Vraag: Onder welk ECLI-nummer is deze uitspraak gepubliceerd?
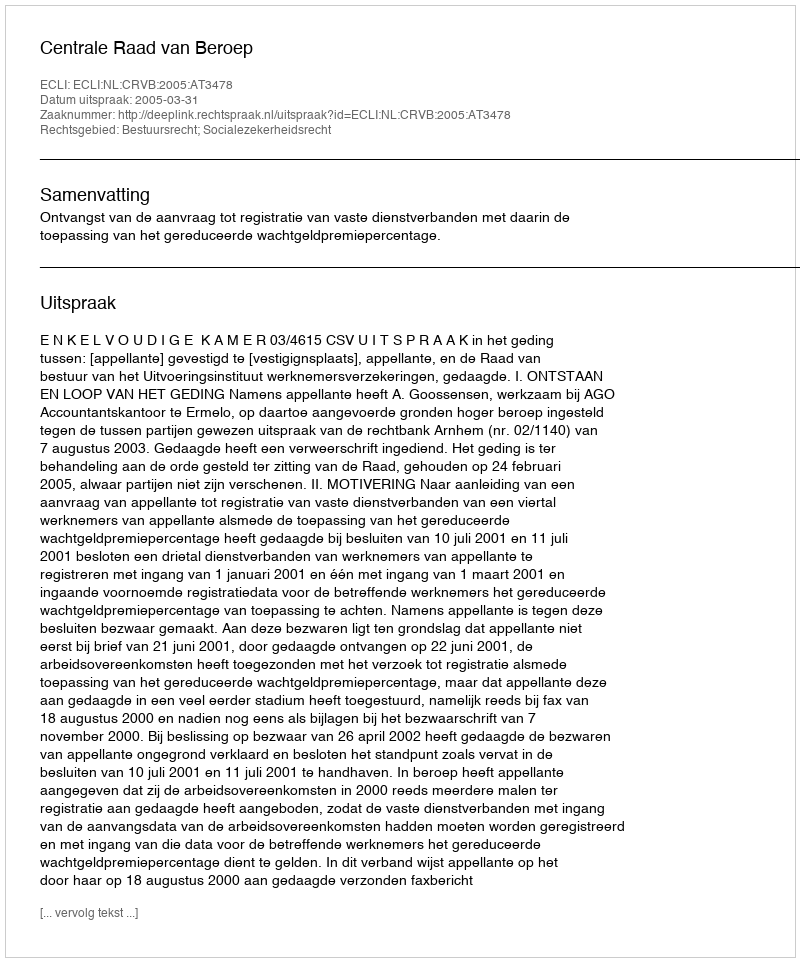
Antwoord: ECLI:NL:CRVB:2005:AT3478